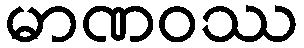
မာဏဝဿ